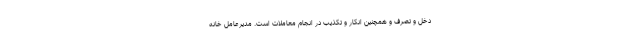
دخل و تصرف و همچنین انكار و تكذيب در انجام معاملات است. مدیرعامل خانه